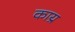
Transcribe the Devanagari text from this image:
काय्र